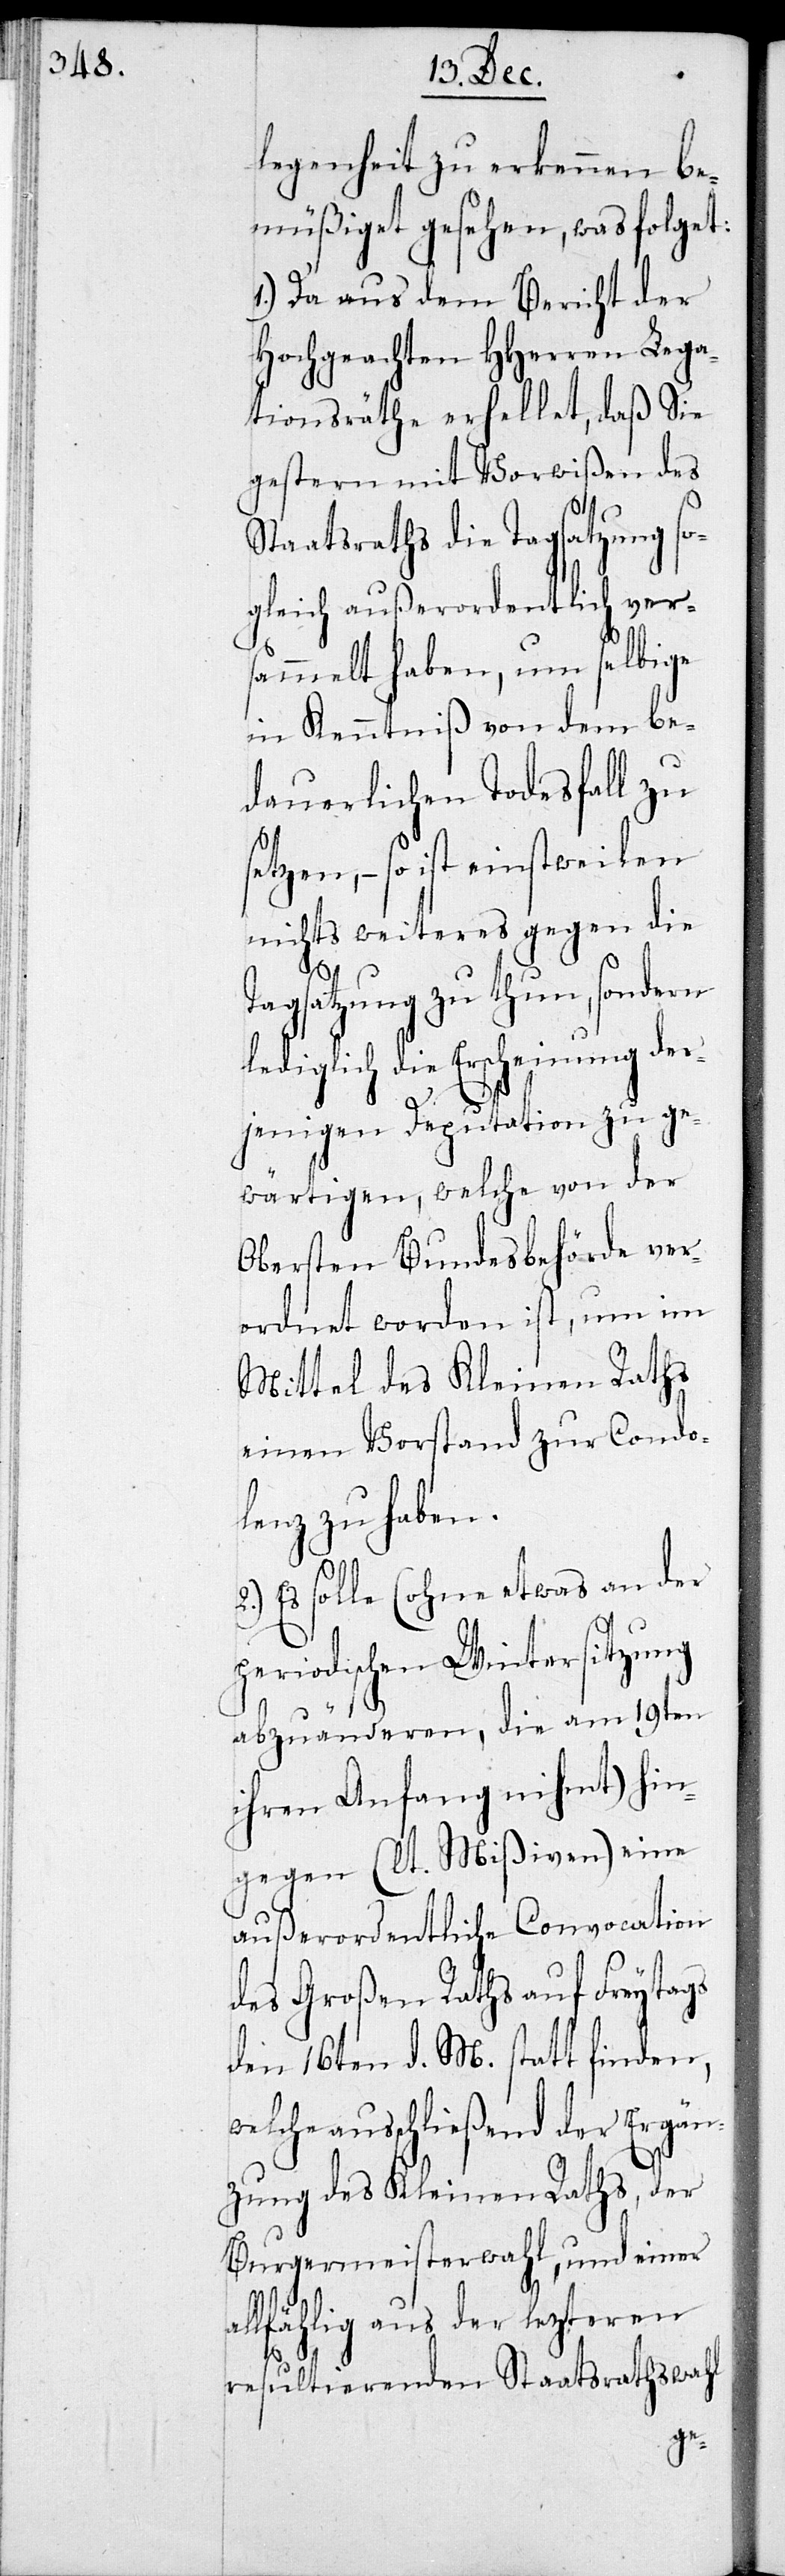
legenheit erkennen be¬
müßigte gesehen, was folget:
1.) Da aus dem Bericht der
Hochgeachten HHerren Lega¬
tionsräthe erhellet, daß Sie
gestern mit Vorwißen des
Staatsraths die Tagsatzung so¬
gleich außerordentlich ver¬
sammelt haben, um selbige
in Kenntniß von dem be¬
dauerlichen Todesfall zu
tzen, – so ist einstweilen
nichts weiteres gegen die
Tagsatzung zu thun, sondern
lediglich die Erscheinung der¬
jenigen Deputation zu ge¬
wärtigen, welche von der
obersten Bundesbehörde ver¬
ordnet worden ist, um im
Mittel des Kleinen Raths
einen Vorstand zur Condo¬
lenz zu haben.
Es solle (ohne etwas an der
periodischen Wintersitzung
abzuänderen, die am 19ten
ihren Anfang nihmt) hin¬
gegen (lt. Mißiven) eine
außerordentliche Convocation
des Großen Raths auf Freytags
den 16ten d. M. statt finden,
lche ausschließend der Ergän¬
zung des Kleinen Raths, der
Burgermeisterwahl, und einer
llfählig aus der lezteren
resultierenden Staatsrathswahl
a¬